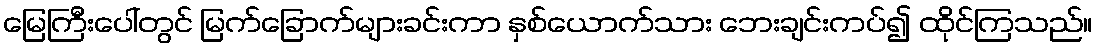
မြေကြီးပေါ်တွင် မြက်ခြောက်များခင်းကာ နှစ်ယောက်သား ဘေးချင်းကပ်၍ ထိုင်ကြသည်။